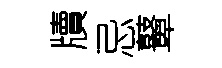
牘忌鼙